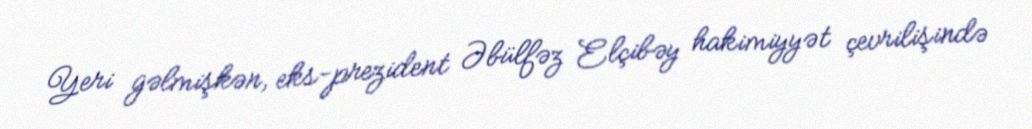
Yeri gəlmişkən, eks-prezident Əbülfəz Elçibəy hakimiyyət çevrilişində